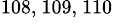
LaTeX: ^{108,~109,~110}